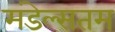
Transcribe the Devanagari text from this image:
मंडेल्सतम